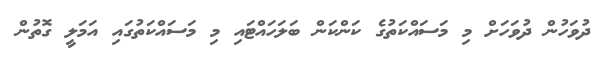
ދުވަހުން ދުވަހަށް މި މަސައްކަތުގެ ކަންކަން ބަލަހައްޓައި މި މަސައްކަތުގައި އަމަލީ ގޮތުން